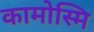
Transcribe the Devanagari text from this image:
कामोस्मि